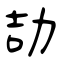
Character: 劼